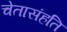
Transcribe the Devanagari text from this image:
चेतासंहति